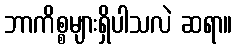
ဘာကိစ္စများရှိပါသလဲ ဆရာ။